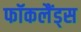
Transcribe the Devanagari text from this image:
फॉकलैंड्स